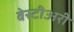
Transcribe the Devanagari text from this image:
बेस्टीअरी